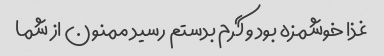
غذا خوشمزه بود و گرم بدستم رسید ممنون از شما